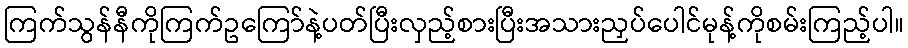
ကြက်သွန်နီကိုကြက်ဥကြော်နဲ့ပတ်ပြီးလှည့်စားပြီးအသားညှပ်ပေါင်မုန့်ကိုစမ်းကြည့်ပါ။